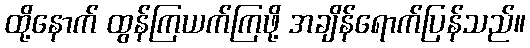
ထို့နောက် ထွန်ကြယက်ကြဖို့ အချိန်ရောက်ပြန်သည်။